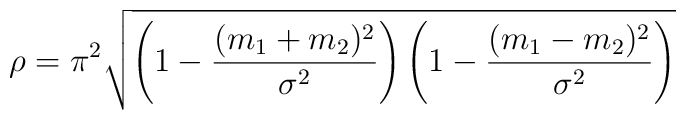
\rho = \pi ^2 \sqrt { \left( 1 - \frac{(m_1 + m_2)^2}{ \sigma ^2} \right) \left( 1 - \frac{(m_1 - m_2)^2}{ \sigma ^2} \right) }